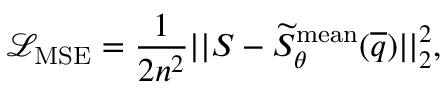
\mathcal { L } _ { \mathrm { M S E } } = \frac { 1 } { 2 n ^ { 2 } } | | S - \widetilde { S } _ { \theta } ^ { \mathrm { m e a n } } ( \overline { { q } } ) | | _ { 2 } ^ { 2 } ,